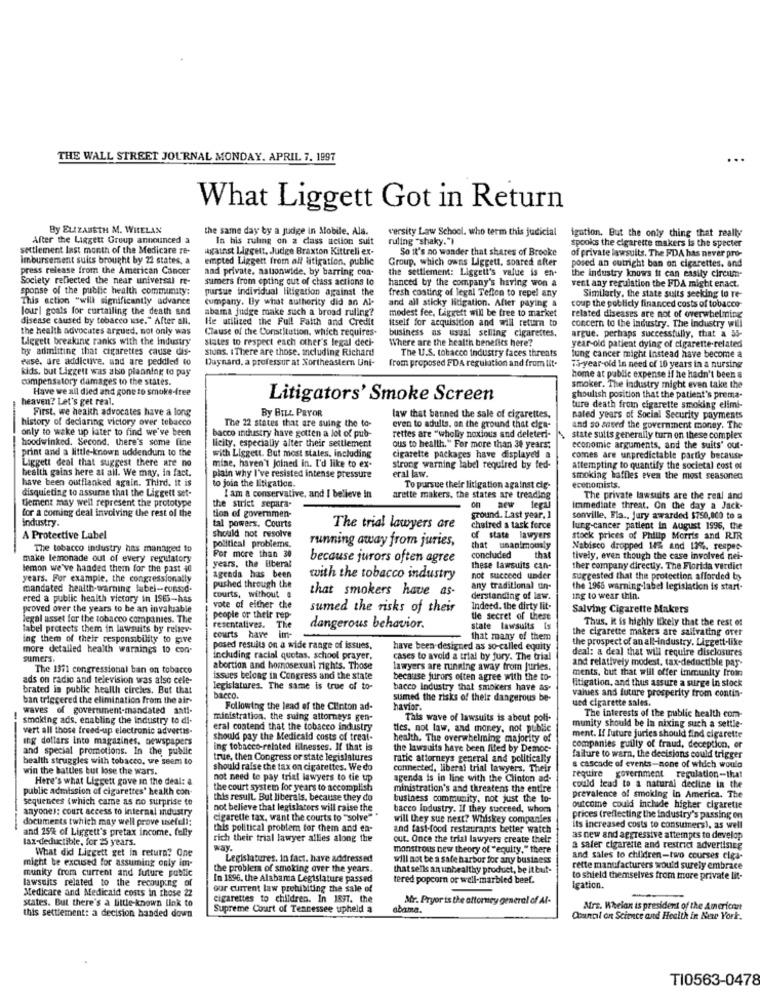
THE WALL STREET JOURNAL MONDAY. APRIL 7. 1997
...
What Liggett Got in Return
By ELIZABETH M. WHELAN
the same day by a judge in Mobile, Ala.
versity Law School. who term this judicial
igation. But the only thing that really
After the Liggett Group announced a
In his ruling on a class action suit
ruling "shaky."
settlement last month of the Medicare re-
against Liggett, Judge Braxton Kittreli ex-
So it's no wander that shares of Brooke
of private lawsuits. The FDA has never pro-
spooks the cigarette makers is the specter
Imbursement suits brought by 22 states, a
empted Liggett from all litigation, public
Group, which owns Liggett. soared after
posed an outright ban on cigarettes. and
press release from the American Cancer
and private. nationwide, by barring con-
the settlement: Liggett's value is en-
Society reflected the near universal re-
sumers from opting out of class actions to
hanced by the company's having won a
the industry knows it can easily circum-
sponse of the public health community:
pursue individual litigation against the
fresh costing of legal Teflon to repel any
vent any regulation the FDA might enact.
This action "will significantly advance
company. By what authority did an Al-
and all sticky litigation. After paying a
coup the publicly financed costs of tobacco
Similarly, the state suits seeking to re-
lour| goals for curtailing the death and
abama judge make such a broad ruling?
modest fee, Ligrett will be free to market
disease caused by tobacco use." After all.
He utilized the Full Faith and Credit
itself for acquisition and will return to
concern to the industry. The Industry will
related diseases are not of overwhelming
the health advocates argued, not only was
Clause of the Constitution. which requires-
business as usual selling cigarettes.
Liggett breaking ranks with the industry
states to respect each other's legal deci-
Where are the health benefits here?
year-old patient dying of cigarette-related
argue. perhaps successfully, that a 55-
by admitting that cigarettes cause dis-
stuns. 1 There are those, including Richard
The U.S. tobacco industry faces threats
euse. dre addicuve, and are peddled to
Daynard. a professur at Northeastern Uni-
lung cancer might Instead have become a
kids, but Liggett was also planning to pay
from proposed FDA regulation and from lit-
Ti-year-old In need of 10 years in a nursing
compensatory damages to the states.
home at public expense if he hadn't been a
Have we all died and gone to smoke-free
smoker. The industry might even take the
heaven? Let's get real.
Litigators' Smoke Screen
ghoulish position that the patient's prema-
First, we health advocates have a long
By BILL PRYOR
ture death from cigarette smoking elimi-
history of declaring victory over tobacco
The 22 states that are suing the to-
law that benned the sale of cigarettes,
nated years of Social Security payments
only to wake up later to find we've been
bacco industry have gotten a lot of pub-
rettes are "wholly noxious and deleteri-
even to adults. on the ground that elga-
and so saved the government money. The
hoodwinked. Second. there's some fine
licity, especially alter their settlement
state suits generally turn on these complex
--
print and a little-known uddendum to the
ous to health." For more than 38 years;
cigarette packages have displayed a
economic arguments, and the suits' out-
Liggett deal that suggest there are no
with Liggett. But most states, including
mine, haven't Joined in. I'd like to ex-
comes are unpredictable partly because
beaith gains here at all. We may, in fact.
strong warning label required by fed-
attempting to quantify the societal cost of
have been outflanked again. Third. it is
plain why I've resisted intense pressure
to join the litigation-
eral law.
smoking baffles even the most seasoned
disquieting to assume that the Liggett set-
I am a conservative, and I believe In
To pursue their litigation against die-
economists.
tlement may well represent the prototype
the strict separa-
arette makers, the states are treading
The private lawsuits are the real and
for a coming deal involving the rest of the
ground. Last year. ]
new legal
Immediate threat. On the day a Jack-
Industry
tion of governmen-
sonville, Fla .. Jury awarded $750,000 to a
tal powers. Courts
The trial lawyers are
chaired a task force
lur.g-cancer patient in August 1996, the
A Protective Label
should not resolve
political problems.
running away from juries,
of state lawyers
stock prices of Philip Morris and RIR
The tobacco industry has managed to
that unanimously
Nabisco dropped 14% and 13%, respec-
make lemonade out of every regulatory
years. the liberal
For more than 30
because jurors often agree
concluded
that
tively, even though the case involved nei-
lemon we've handed them for the past 40
these lawsuits can-
ther company directly. The Florida verdict
years. For example, the congressionally
agenda has been
with the tobacco industry
not succeed under
suggested that the protection afforded by
mandated health-warning label-consid.
pushed through the
that smokers have as-
any traditional un-
the 1965 warning-label legislation is start-
ered a public health victory in 1965-has
courts, without a
derstanding of law.
ing to wear thin.
proved over the years to be an invaluable
vote of either che
sumed the risks of their
Indeed. the dirty lit-
Salving Cigarette Makers
legal usset for the tobacco companies. The
people or their rep
the secret of these
Thus, K is highly likely that the rest of
label protects them in lawsuits by relies-
resentalives. The
dangerous behavior.
state lawsuits Is
the cigarette makers are salivating over
ing them of their responsibility to give
courts have imt-
that many of them
the prospect of an all-industry. Liggett-like
more detailed health warnings to con-
posed resuits on a wide range of issues.
have been designed as so-called equity
deal: a deal that will require disclosures
sumers.
including racial quotas. school prayer.
cases to avoid a trial by jury. The trial
and relatively modest. tax-deductible pay-
The 1971 congressional ban on tobacco
abortion and homosexual rights. Those
lawyers are running away from juries.
ments, but that will offer immunity from
ads on radio and television was also cele-
issues belong in Congress and the state
because jurors often agree with the to-
litigation, and thus assure a surge in stock
brated in public health circles. But that
legislatures. The same is true of to-
bacco industry that smokers have as-
values and future prosperity from contin-
ban triggered the elimination from the air-
DICCO.
sumed the risks of their dangerous be-
ued cigarette sales.
waves of government-mandated anti-
Following the lead of the Clinton ad-
havior.
The interests of the public health com-
smoking ads, enabling the industry to di-
ministration. the suing attorneys gen-
This wave of lawsuits is about poli-
munity should be la nixing such a settle-
vert all those freed-up electronic advertis-
eral contend that the tobacco industry
ties, not law, and money, not public
---
ing dollars Into magazines, newspapers
should pay the Medicald costs of treat-
health. The overwhelming majority of
ment. If future juries should find cigarette
and special promotions. In the public
ing tobacco-related illnesses. Il that is
the lawsuits have been filed by Democ-
companies guilty of fraud, deception, or
health struggles with tobacco, ve seem to
true, then Congress or state legislatures
ratic attorneys general and politically
failure to warn, the decisions could trigger
win the battles but lose the wars.
should raise the tax on cigarettes. We do
connected, liberal trial lawyers, Their
a cascade of events-none of which would
Here's what Liggett gove in the deal: a
not need to pay trial lawyers to tie up
agenda is in line with the Clinton ad-
require government regulation-that
public admission of cigarettes' health con-
the court system for years to accomplish
ministration's and threatens the entire
could lead to a natural decline in the
sequences twhich came as no surprise to
this result. But liberais, because they do
business community, not just the to-
prevalence of smoking in America. The
anyone): court access to internal industry
not believe that legislators will raise the
bacco Industry. If they succeed, whom
outcome could include higher cigarette
documents twhich may well prove useful !:
cigarette tax, want the courts to "solve"
will they sue next? Whiskey companies
prices (reflecting the industry's passing on
and 25% of Liggett's pretax income. fully
this political problem for them and en-
and fast-food restaurants better watch
its increased costs to consumers), as well
tax-deductible, for 25 years.
rich their trial lawyer allies along the
out. Once the trial lawyers create their
as new and aggressive attempts to develop
What did Liggett get in return? One
monstrous new theory of "equity." there
a safer cigarette and restrict advertising
might be excused for assuming only im-
Legislatures. in fact. have addressed
will not be a safe harbor for any business
and sales to children-two courses ciga-
munity from current and future public
the problem of smoking over the years.
that sells an unhealthy product, be it but-
rette manufacturers would surely embrace
lawsuits related to the recouping of
In 1896, the Alabama Legislature passed
tered popcorn or well-marbled beef.
to shield themselves from more private lit-
Medicare and Medicaid costs in those 22
our current law prohibiting the sale of
Igation.
states. But there's a little-known link to
cigarettes to children. In 1837. the
Mr. Pryor is the attorney general of Al-
Supreme Court of Tennessee upheld a
obama.
Mrs. Wheian is president of the American
this settlement: a decision handed down
Chunpl on Science and Health in New York.
TI0563-0478